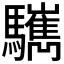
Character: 𩧎